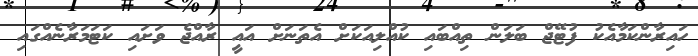
ހައިރާންކަމާއެކު ފުޓޭޖް ބަލަން ތިއްބައި ކުއްލިއަކަށް އެތަނަށް އައީ ރާއްޖެ ވަށައި ކަޓަމަރާނެއްގައި